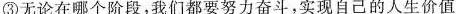
③无论在哪个阶段，我们都要努力奋斗，实现自己的人生价值